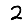
Digit: 2